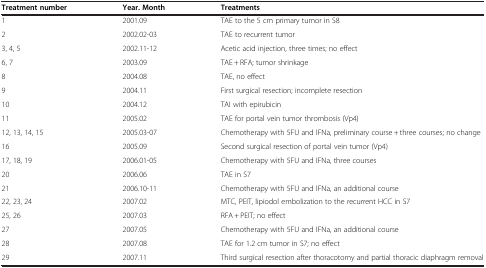
| Treatment number | Year. Month | Treatments |
 | --- | --- | --- |
 | 1 | 2001.09 | TAE to the 5 cm primary tumor in S8 |
 | 2 | 2002.02-03 | TAE to recurrent tumor |
 | 3, 4, 5 | 2002.11-12 | Acetic acid injection, three times; no effect |
 | 6, 7 | 2003.09 | TAE + RFA; tumor shrinkage |
 | 8 | 2004.08 | TAE, no effect |
 | 9 | 2004.11 | First surgical resection; incomplete resection |
 | 10 | 2004.12 | TAI with epirubicin |
 | 11 | 2005.02 | TAE for portal vein tumor thrombosis (Vp4) |
 | 12, 13, 14, 15 | 2005.03-07 | Chemotherapy with 5FU and IFNa, preliminary course + three courses; no change |
 | 16 | 2005.09 | Second surgical resection of portal vein tumor (Vp4) |
 | 17, 18, 19 | 2006.01-05 | Chemotherapy with 5FU and IFNa, three courses |
 | 20 | 2006.06 | TAE in S7 |
 | 21 | 2006.10-11 | Chemotherapy with 5FU and IFNa, an additional course |
 | 22, 23, 24 | 2007.02 | MTC, PEIT, lipiodol embolization to the recurrent HCC in S7 |
 | 25, 26 | 2007.03 | RFA + PEIT; no effect |
 | 27 | 2007.05 | Chemotherapy with 5FU and IFNa, an additional course |
 | 28 | 2007.08 | TAE for 1.2 cm tumor in S7; no effect |
 | 29 | 2007.11 | Third surgical resection after thoracotomy and partial thoracic diaphragm removal |